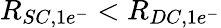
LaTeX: R_{SC,1e^{-}}<R_{DC,1e^{-}}